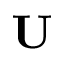
\mathbf { U }